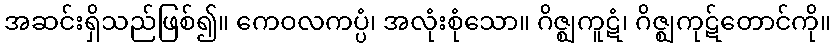
အဆင်းရှိသည်ဖြစ်၍။ ကေဝလကပ္ပံ၊ အလုံးစုံသော။ ဂိဇ္ဈကူဋံ၊ ဂိဇ္ဈကုဋ်တောင်ကို။